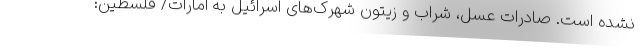
نشده است. صادرات عسل، شراب و زیتون شهرک‌های اسرائیل به امارات/ فلسطین: